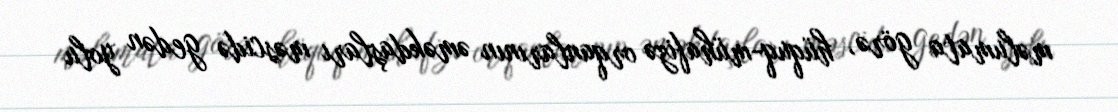
məlumata görə, hüquq-mühafizə orqanlarının əməkdaşları məscidə gedən yolu